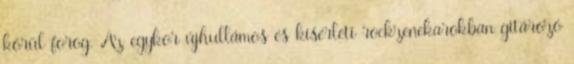
körül forog. Az egykor újhullámos és kísérleti rockzenekarokban gitározó